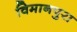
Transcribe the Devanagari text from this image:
विमानपुरा